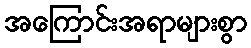
အကြောင်းအရာများစွာ